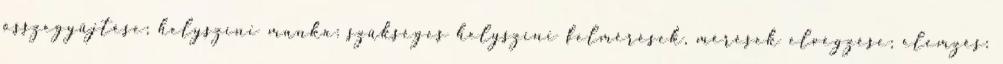
összegyűjtése; helyszíni munka: szükséges helyszíni felmérések, mérések elvégzése; elemzés: